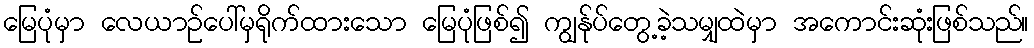
မြေပုံမှာ လေယာဉ်ပေါ်မှရိုက်ထားသော မြေပုံဖြစ်၍ ကျွန်ုပ်တွေ့ခဲ့သမျှထဲမှာ အကောင်းဆုံးဖြစ်သည်။